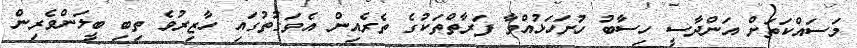
މަސައްކަތަށް އަންދާސީ ހިސާބު ހުށަހަޅުއްވާ ފަރާތްތަކުގެ ތެރެއިން އެވަގުތުގައި ހާޒިރުވެ ތިބި ބީލަންވެެރިން